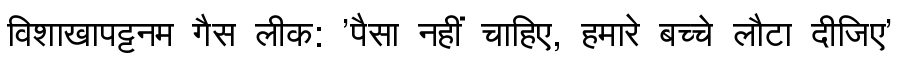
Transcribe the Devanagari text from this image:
विशाखापट्टनम गैस लीक: 'पैसा नहीं चाहिए, हमारे बच्चे लौटा दीजिए'